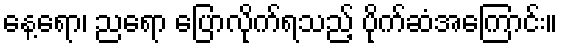
နေ့ရော၊ ညရော ပြောလိုက်ရသည့် ပိုက်ဆံအကြောင်း။